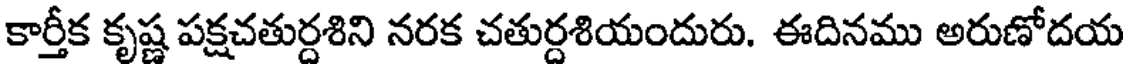
కార్తీక కృష్ణ పక్షచతుర్దశిని నరక చతుర్దశియందురు. ఈదినము అరుణోదయ